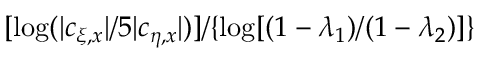
[ \log ( | c _ { \xi , x } | / 5 | c _ { \eta , x } | ) ] / \{ \log [ ( 1 - \lambda _ { 1 } ) / ( 1 - \lambda _ { 2 } ) ] \}